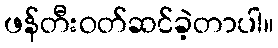
ဖန်တီးဝတ်ဆင်ခဲ့တာပါ။